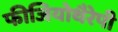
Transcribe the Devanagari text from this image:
फीजियोथैरेपी